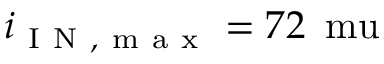
i _ { \mathrm { ~ I ~ N ~ , ~ m ~ a ~ x ~ } } = 7 2 \, \mathrm { \ m u }